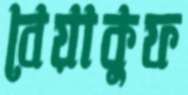
বেয়াকুফ